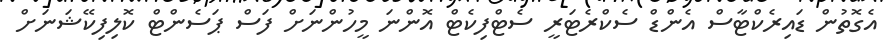
އެގޮތުން ޑައިރެކްޓާސް އެންޑް ސެކްރެޓަރީ ސެޓްފިކެޓް އޮންނަ މީހުންނަށް ފަސް ޕަސެންޓް ކޮލިފިކޭޝަނަށް